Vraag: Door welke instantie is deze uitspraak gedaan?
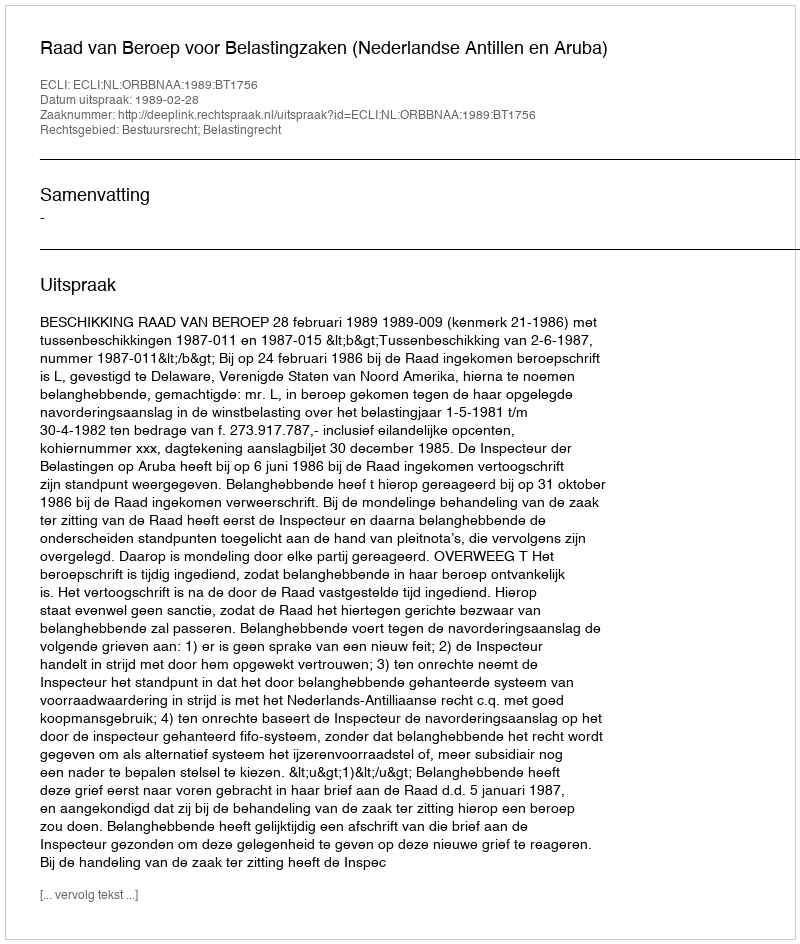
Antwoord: Raad van Beroep voor Belastingzaken (Nederlandse Antillen en Aruba)